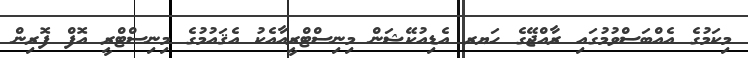
މިކަމުގެ އެއްބަސްވުމުގައި ރާއްޖޭގެ ހަޔރ އެޑިއުކޭޝަން މިނިސްޓްރީއާއެކު އެޤައުމުގެ މިނިސްޓްރީ އޮފް ފޮރިން